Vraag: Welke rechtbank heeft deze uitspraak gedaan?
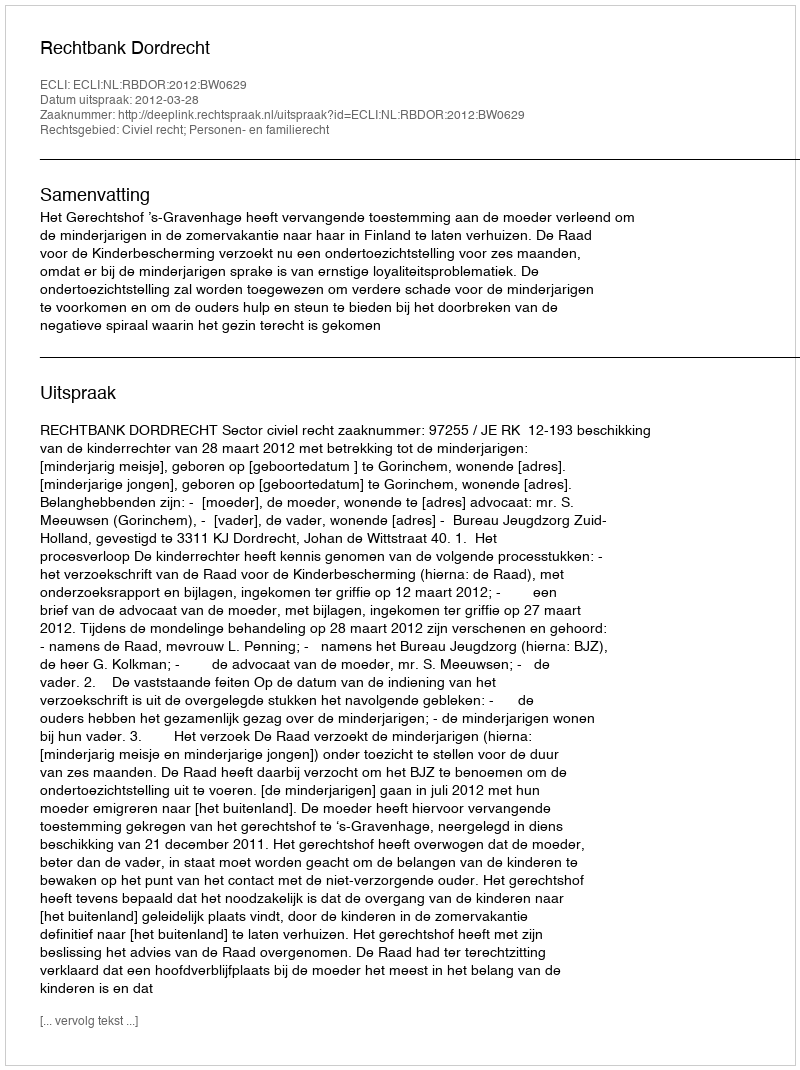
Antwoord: Rechtbank Dordrecht